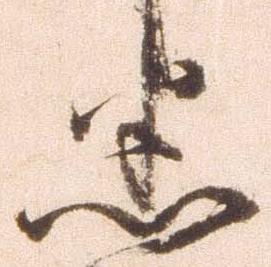
悉